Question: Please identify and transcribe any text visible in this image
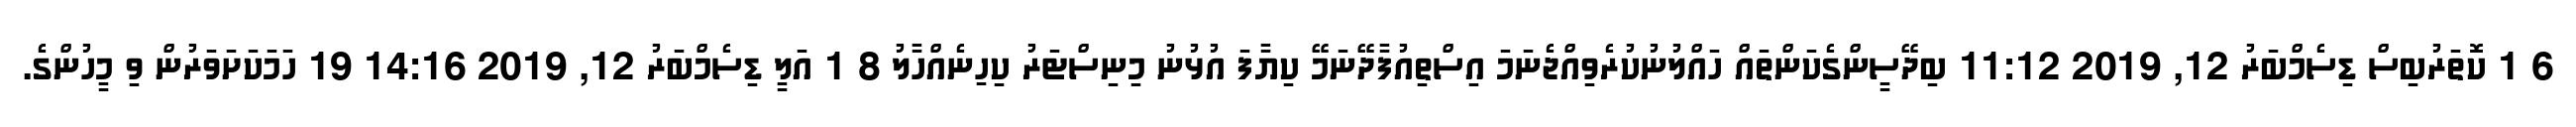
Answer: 6 1 ކޮތަރުބިސް ޑިސެމްބަރު 12, 2019 11:12 ބިދޭސީންގެކަންތައް ހައްލުނުކުރެވިއްޖެނަމަ އިސްތިއުފާދޭނަމޭ ކިޔާފަ އުޅުނު މިނިސްޓަރު ކިހިނެއްހާލު 8 1 އަލީ ޑިސެމްބަރު 12, 2019 14:16 19 ހަމަކަށަވަރުން ވި މީހުންގެ.